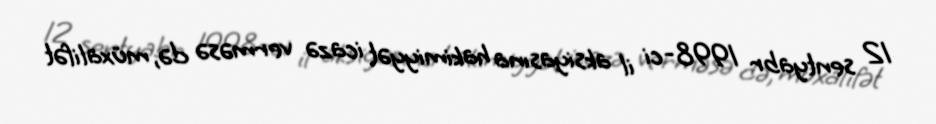
12 sentyabr 1998-ci il aksiyasına hakimiyyət icazə verməsə də, müxalifət